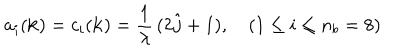
LaTeX: a _ { i } ( { \bf k } ) = c _ { i } ( { \bf k } ) = \frac { 1 } { \lambda } \, ( 2 \hat { j } + 1 ) , \quad ( 1 \leq i \leq n _ { b } = 8 )